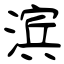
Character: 滨